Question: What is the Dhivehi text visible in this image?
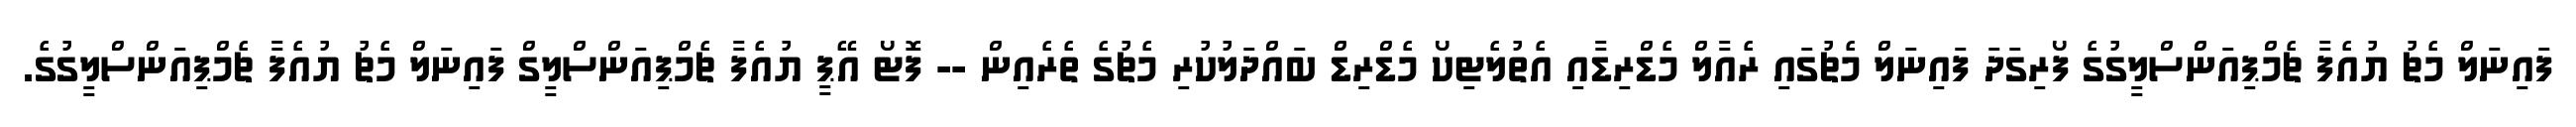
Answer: ފައިނަލް މެޗު ޔުއެފާ ޗެމްޕިއަންސްލީގުގެ ފޯރިގަދަ ފައިނަލް މެޗުގައި ރެއާލް މެޑްރިޑާއި އެތުލެޓިކޯ މެޑްރިޑް ބައްދަލުކުރި މެޗުގެ ތެރެއިން -- ފޮޓޯ އޭޕީ ޔުއެފާ ޗެމްޕިއަންސްލީގް ފައިނަލް މެޗު ޔުއެފާ ޗެމްޕިއަންސްލީގުގެ.